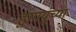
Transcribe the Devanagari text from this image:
हुमायूंच्या